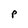
Character: P